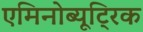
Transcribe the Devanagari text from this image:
एमिनोब्यूट्रिक